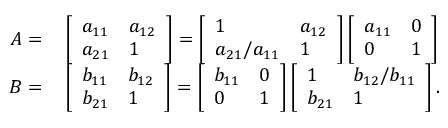
\begin{array} { r l } { \boldsymbol { A } = } & { { } \left[ \begin{array} { l l } { a _ { 1 1 } } & { a _ { 1 2 } } \\ { a _ { 2 1 } } & { 1 } \end{array} \right] = \left[ \begin{array} { l l } { 1 } & { a _ { 1 2 } } \\ { a _ { 2 1 } / a _ { 1 1 } } & { 1 } \end{array} \right] \left[ \begin{array} { l l } { a _ { 1 1 } } & { 0 } \\ { 0 } & { 1 } \end{array} \right] } \\ { \boldsymbol { B } = } & { { } \left[ \begin{array} { l l } { b _ { 1 1 } } & { b _ { 1 2 } } \\ { b _ { 2 1 } } & { 1 } \end{array} \right] = \left[ \begin{array} { l l } { b _ { 1 1 } } & { 0 } \\ { 0 } & { 1 } \end{array} \right] \left[ \begin{array} { l l } { 1 } & { b _ { 1 2 } / b _ { 1 1 } } \\ { b _ { 2 1 } } & { 1 } \end{array} \right] . } \end{array}